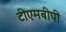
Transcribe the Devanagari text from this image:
टीएमबीपी